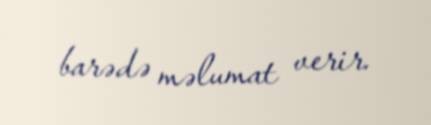
barədə məlumat verir.